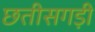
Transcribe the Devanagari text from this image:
छतीसगड़ी